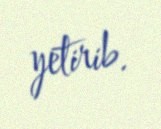
yetirib.